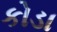
કોડા